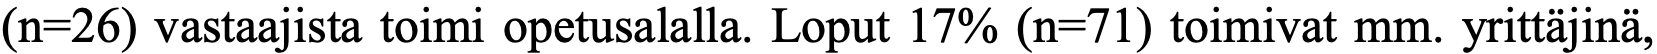
(n=26) vastaajista toimi opetusalalla. Loput 17% (n=71) toimivat mm. yrittäjinä,